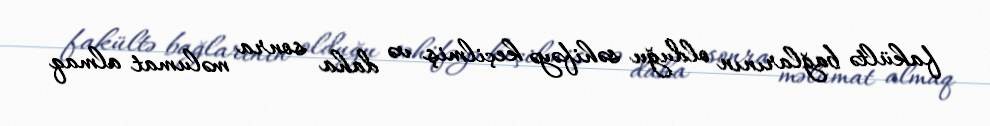
fakültə bağlarının olduğu səhifəyə keçilmiş və daha sonra məlumat almaq